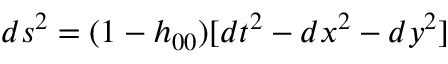
d s ^ { 2 } = ( 1 - h _ { 0 0 } ) [ d t ^ { 2 } - d x ^ { 2 } - d y ^ { 2 } ]